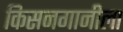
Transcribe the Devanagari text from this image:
किसनगानीला